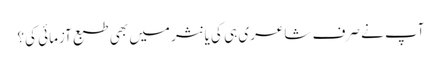
آپ نے صرف شاعری ہی کی یا نثر میں بھی طبع آزمائی کی؟